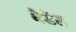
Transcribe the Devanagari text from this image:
वैडेल